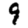
Digit: 9